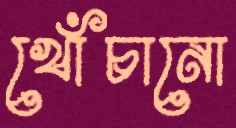
খোঁচানো